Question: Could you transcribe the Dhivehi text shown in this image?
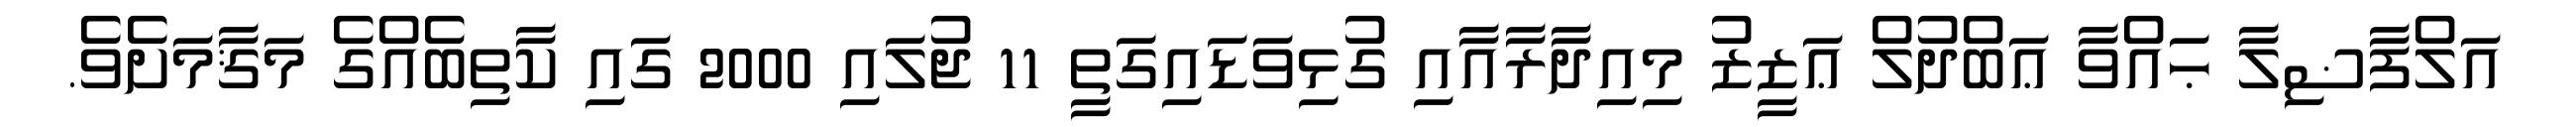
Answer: އަލްފާޟިލާ ޙައްވާ ޢަބްދުލް ޢަޒީޒު މިއިދާރާއާއި ގުޅިވަޑައިގަތީ 11 ޖުލައި 2000 ގައި ކާތިބެއްގެ މަޤާމަށެވެ.